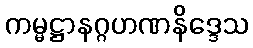
ကမ္မဋ္ဌာနဂ္ဂဟဏနိဒ္ဒေသ